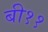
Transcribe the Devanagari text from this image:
बी११